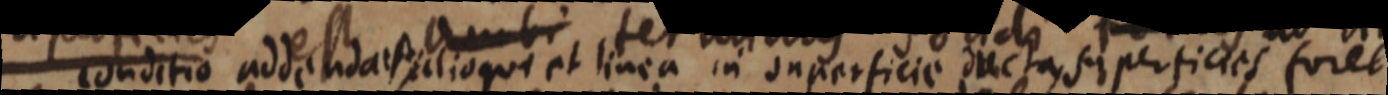
conditio addenda est eclioqua et linea in superficie ducta, superficies foret